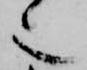
也